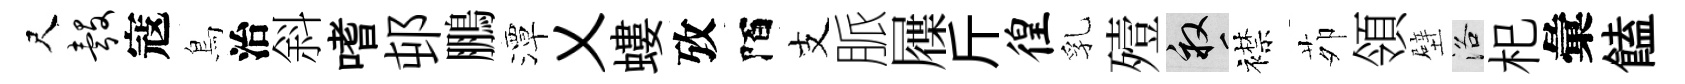
尺彀寇鳥治斜嗜邨鵬潭乂螻攷陌支脈屧斤徨乳殪畝襟茆領壁洛𣏌彙饁